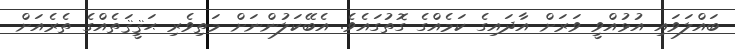
ބައްލަވައި އުޅުއްވީ ވަރަށް އާދައިގެ ކަމެއްގެ ގޮތުގައެވެ. އެބޭކަލުންނަށް މަތިވެރި ޙަޤީޤަތެއްގެ ތެރެއަށް